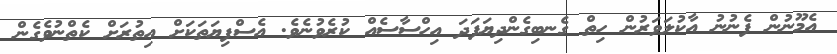
އެމޫނުން ފެނުނު އާކުލަވަރުން ހިތް ގެނބިގެންދިޔަފަދަ އިހްސާސެއް ކުރެވުނެވެ. އެސްފިޔަތަކަށް އިތުރަށް ކެތްނުވެގެން